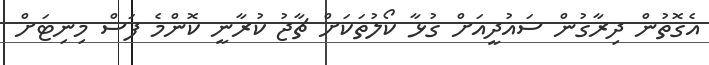
އެގޮތުން ދިރާގުން ސައުދީއަށް ގުޅާ ކޯލުތަކަށް ޗާޖު ކުރާނީ ކޮންމެ ފަސް މިނިޓަށް